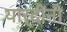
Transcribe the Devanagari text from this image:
यार्दींनी